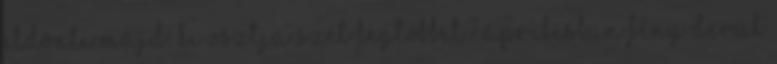
eldönti majd. Ki osztja szét legtöbbet? Áprilisban fény derül